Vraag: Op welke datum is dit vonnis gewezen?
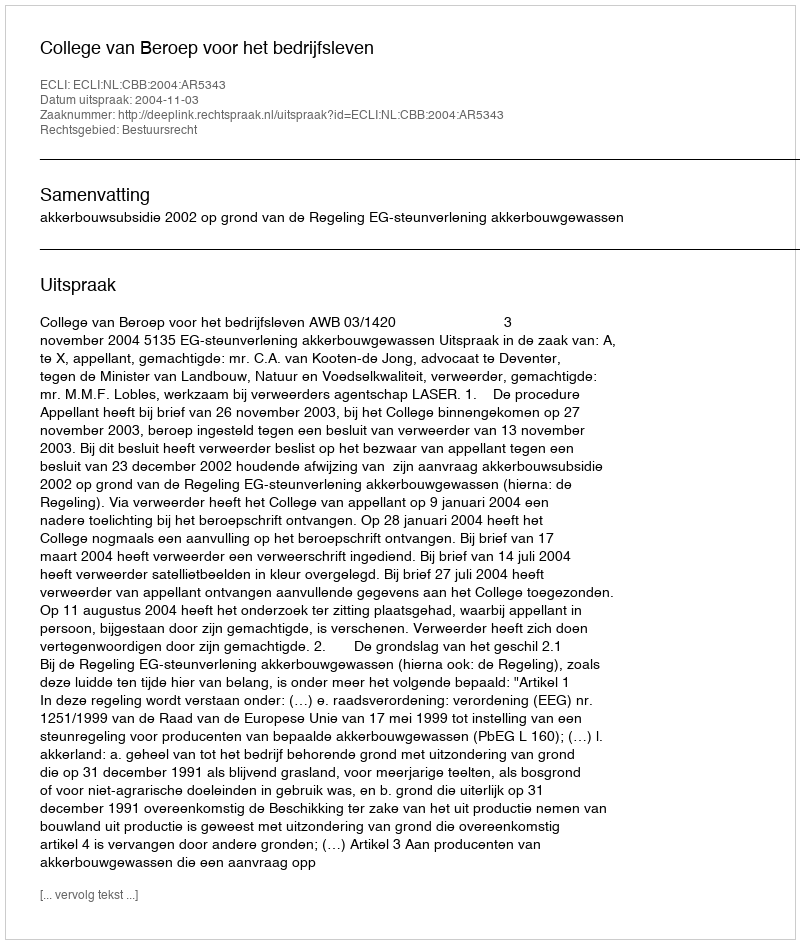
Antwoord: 2004-11-03